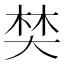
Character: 𡘽